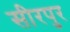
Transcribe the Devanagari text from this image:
सीरपुर